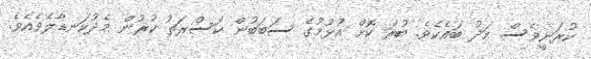
ކުރަނީވެސް މަދު ބައެކެވެ. ބުރަ ކޮށް އުޅުމުގެ ސަބަބުން ކަސްރަތު ކުރުން މެދުކަނޑާލެވެއެވެ.